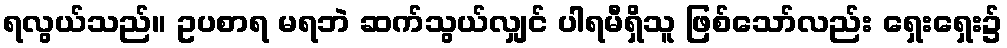
ရလွယ်သည်။ ဥပစာရ မရဘဲ ဆက်သွယ်လျှင် ပါရမီရှိသူ ဖြစ်သော်လည်း ရှေးရှေး၌